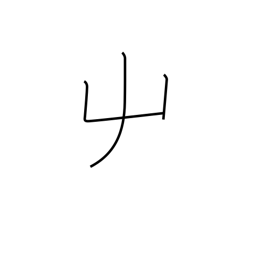
Meaning: left hand